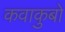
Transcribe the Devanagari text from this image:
कवाकुबो